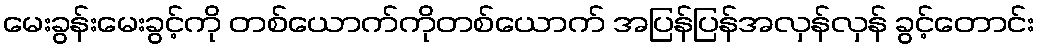
မေးခွန်းမေးခွင့်ကို တစ်ယောက်ကိုတစ်ယောက် အပြန်ပြန်အလှန်လှန် ခွင့်တောင်း